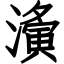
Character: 濥